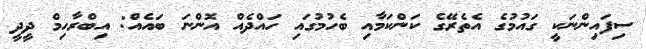
ސިފައިންނަކީ ގައުމުގެ އެތެރޭގެ ކަންކަމާއި ބެހުމުގައި ހައްދެއް އޮންނަ ބައެއް: އިބްރާހިމް ދީދީ